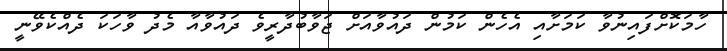
ހާމަކޮށްފައިނުވާ ކަމަށާއި އެހެން ކަމުން ދައުވާއަށް ޖަވާބުދާރީވެ ދައުވާއާ މެދު ވާހަކަ ދެއްކެވޭނީ